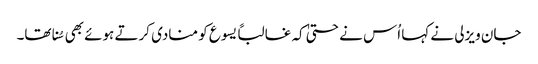
جان ویزلی نے کہا اُس نے حتیٰ کہ غالباً یسوع کو منادی کرتے ہوئے بھی سُنا تھا۔